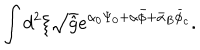
\int { d ^ { 2 } } \xi \sqrt { \hat { g } } { e ^ { { \alpha _ { 0 } } { \Psi _ { 0 } } + \alpha \bar { \phi } + { \bar { \alpha } _ { B } } { \bar { \phi } _ { c } } } } .